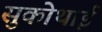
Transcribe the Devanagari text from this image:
सुकोथाई